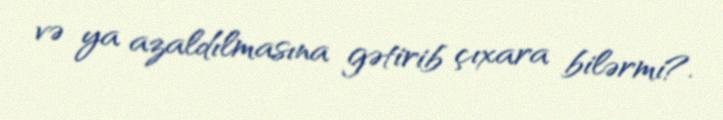
və ya azaldılmasına gətirib çıxara bilərmi?.